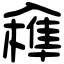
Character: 𠓼